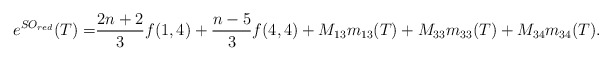
\begin{align*}e^{SO_{red}}(T)=&\frac{2n+2}{3}f(1,4)+\frac{n-5}{3}f(4,4)+M_{13}m_{13}(T)+M_{33}m_{33}(T)+M_{34}m_{34}(T).\end{align*}